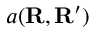
a ( \mathbf { R } , \mathbf { R } ^ { \prime } )